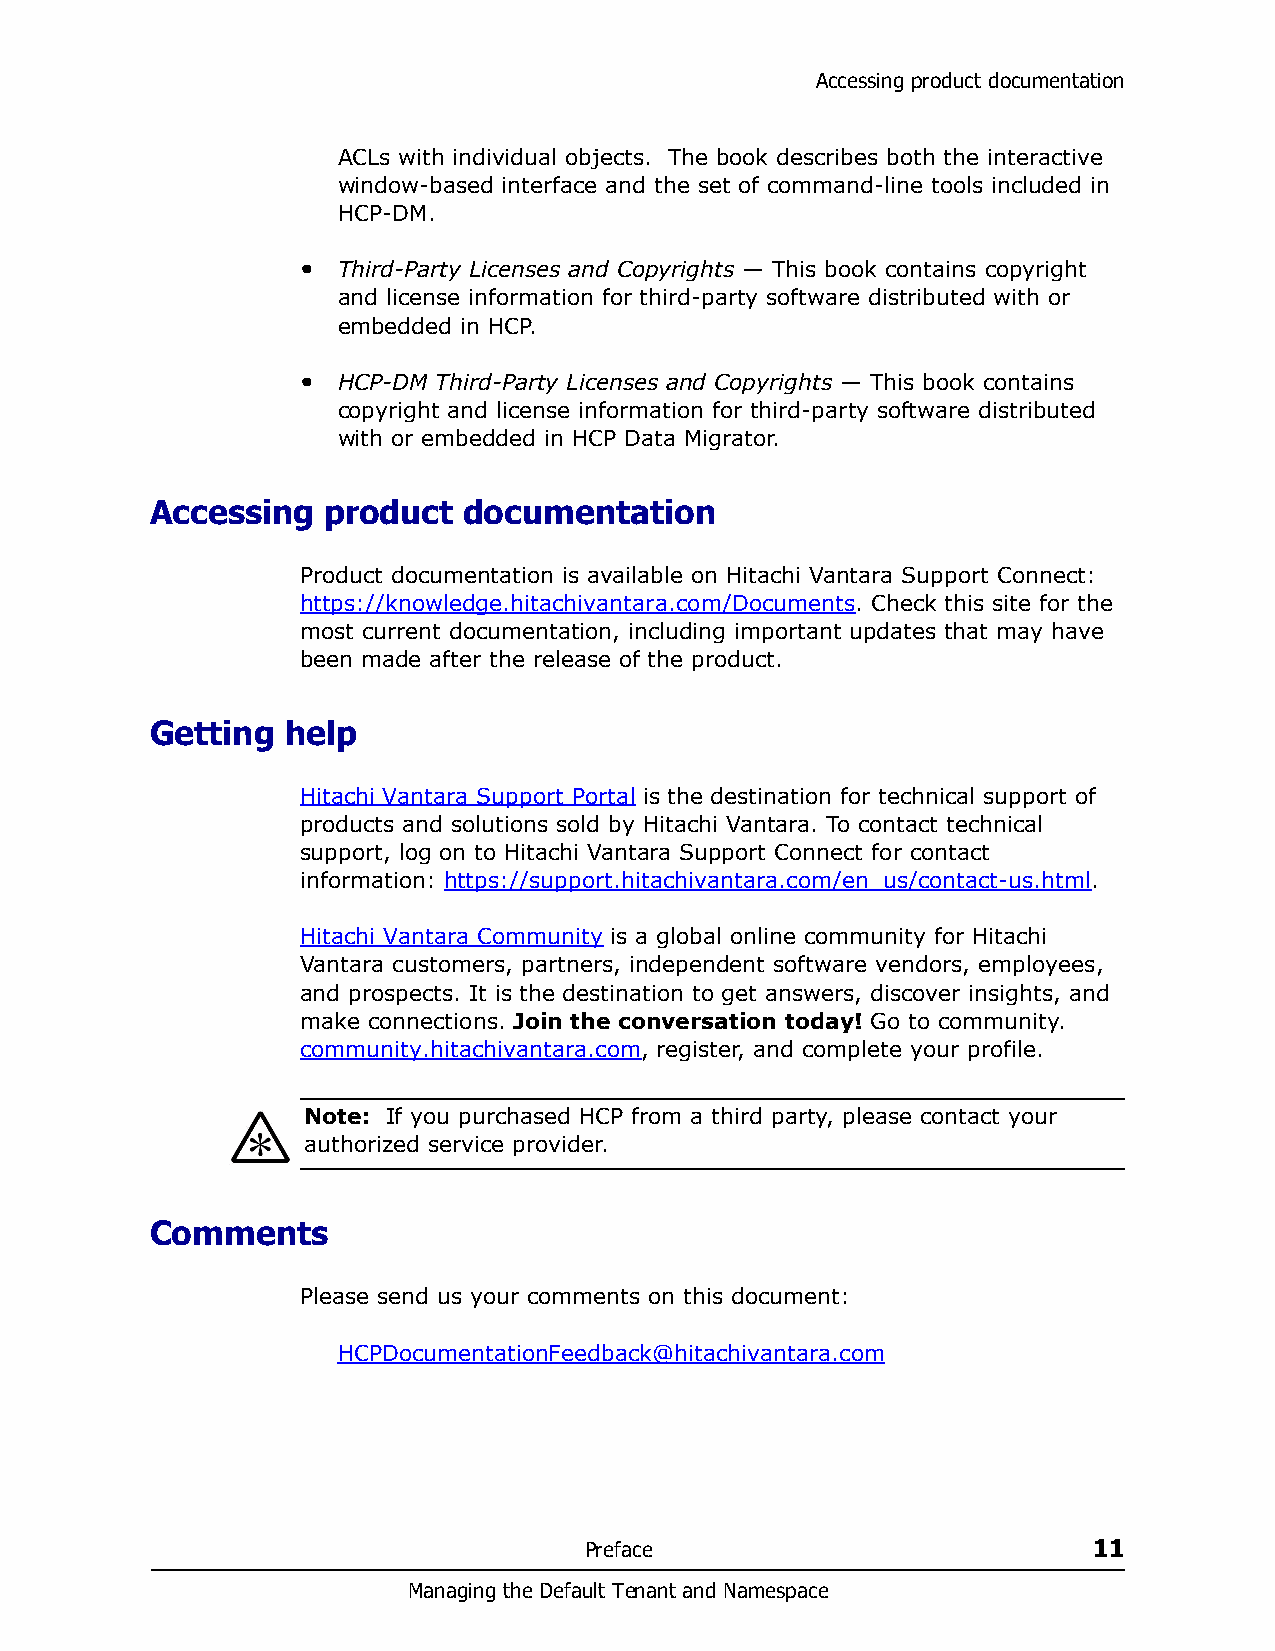
Accessing product documentation
 ACLs with individual objects. The book describes both the interactive
 window-based interface and the set of command-line tools included in
 HCP-DM.
 • Third-Party Licenses and Copyrights — This book contains copyright
 and license information for third-party software distributed with or
 embedded in HCP.
 • HCP-DM Third-Party Licenses and Copyrights — This book contains
 copyright and license information for third-party software distributed
 with or embedded in HCP Data Migrator.
 Accessing  product   documentation
 Product documentation is available on Hitachi Vantara Support Connect:
 https://knowledge.hitachivantara.com/Documents. Check this site for the
 most current documentation, including important updates that may have
 been made after the release of the product.
 Getting  help
 Hitachi Vantara Support Portal is the destination for technical support of
 products and solutions sold by Hitachi Vantara. To contact technical
 support, log on to Hitachi Vantara Support Connect for contact
 information: https://support.hitachivantara.com/en_us/contact-us.html.
 Hitachi Vantara Community is a global online community for Hitachi
 Vantara customers, partners, independent software vendors, employees,
 and prospects. It is the destination to get answers, discover insights, and
 make connections. Join the conversation today! Go to community.
 community.hitachivantara.com, register, and complete your profile.
 Note: If you purchased HCP from a third party, please contact your
 authorized service provider.
 Comments
 Please send us your comments on this document:
 HCPDocumentationFeedback@hitachivantara.com
 Preface                          11
 Managing the Default Tenant and Namespace